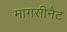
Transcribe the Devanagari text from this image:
मागसीनैट